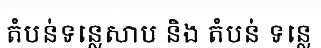
តំបន់ទន្លេសាប និង តំបន់ ទន្លេ